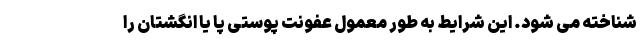
شناخته می شود. این شرایط به طور معمول عفونت پوستی پا یا انگشتان را